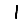
Digit: 1